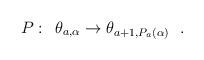
LaTeX: \begin{align*}P:\hskip 0.2cm \theta_{a,\alpha} \rightarrow \theta_{a+1,P_a(\alpha)}~~.\end{align*}